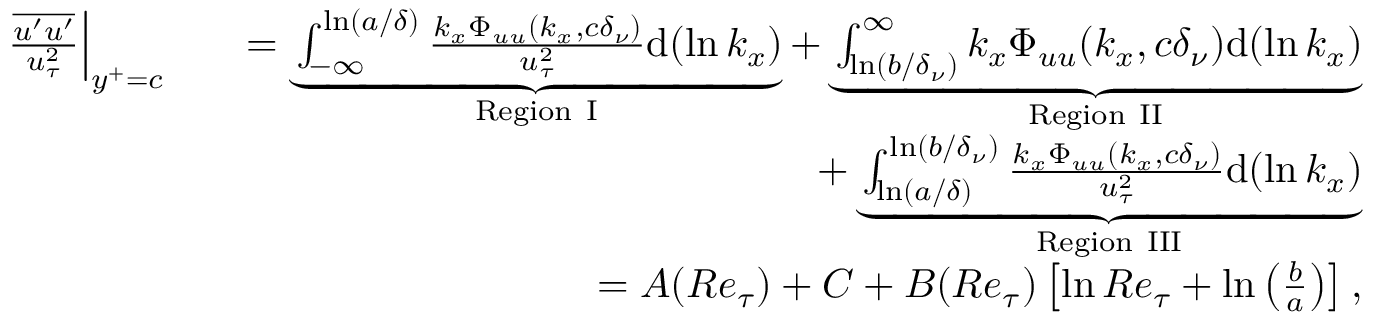
\begin{array} { r l r } { \frac { \overline { { u ^ { \prime } u ^ { \prime } } } } { u _ { \tau } ^ { 2 } } \Big | _ { y ^ { + } = c } } & { } & { = \underbrace { \int _ { - \infty } ^ { \ln ( a / \delta ) } \frac { k _ { x } \Phi _ { u u } ( k _ { x } , c \delta _ { \nu } ) } { u _ { \tau } ^ { 2 } } \mathrm { d } ( \ln k _ { x } ) } _ { \mathrm { R e g i o n ~ I } } + \underbrace { \int _ { \ln ( b / \delta _ { \nu } ) } ^ { \infty } k _ { x } \Phi _ { u u } ( k _ { x } , c \delta _ { \nu } ) \mathrm { d } ( \ln k _ { x } ) } _ { \mathrm { R e g i o n ~ I I } } } \\ & { } & { + \underbrace { \int _ { \ln ( a / \delta ) } ^ { \ln ( b / \delta _ { \nu } ) } \frac { k _ { x } \Phi _ { u u } ( k _ { x } , c \delta _ { \nu } ) } { u _ { \tau } ^ { 2 } } \mathrm { d } ( \ln k _ { x } ) } _ { \mathrm { R e g i o n ~ I I I } } } \\ & { } & { = A ( R e _ { \tau } ) + C + B ( R e _ { \tau } ) \left[ \ln R e _ { \tau } + \ln \left( \frac { b } { a } \right) \right] , } \end{array}